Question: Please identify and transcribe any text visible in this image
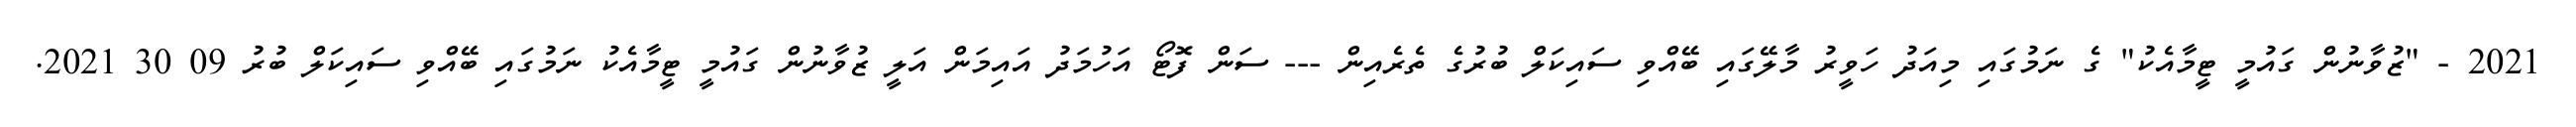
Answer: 2021 - "ޒުވާނުން ގައުމީ ޓީމާއެކު" ގެ ނަމުގައި މިއަދު ހަވީރު މާލޭގައި ބޭއްވި ސައިކަލް ބުރުގެ ތެރެއިން --- ސަން ފޮޓޯ އަހުމަދު އައިމަން އަލީ ޒުވާނުން ގައުމީ ޓީމާއެކު ނަމުގައި ބޭއްވި ސައިކަލް ބުރު 09 30 2021.